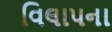
વિલાપના